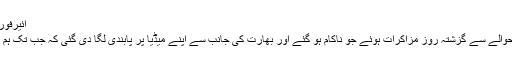
ائیرفورس کی ہنگامی ٹریننگ، پورے بھارت میں تھرتھلی مچ گئی
لداخ (ویب ڈیسک) چین اور بھارت کے سرحدی تنازع کے حوالے سے گزشتہ روز مزاکرات ہوئے جو ناکام ہو گئے اور بھارت کی جانب سے اپنے میڈیا پر پابندی لگا دی گئی کہ جب تک ہم کوئی خبر نہ دیں اس حوالے سے کوئی خبر نہ چلائی جائے۔